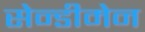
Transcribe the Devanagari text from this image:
सेन्डीमेन